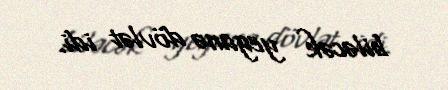
biləcək yeganə dövlət idi.